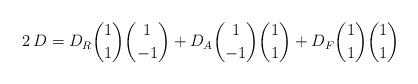
LaTeX: \begin{align*} 2\,D = D_R {1\choose 1}{1\choose -1} + D_A {1\choose -1}{1\choose 1} + D_F {1\choose 1}{1\choose 1}\end{align*}